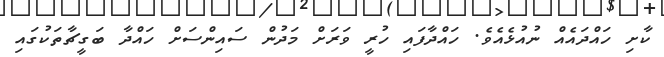
ކާށި ހައްދައެއް ނުއުޅެއެވެ. ހައްދާފައި ހުރީ ވަރަށް މަދުން ސައިންސަށް ހައްދާ ބަގީޗާތަކުގައި